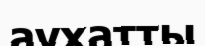
аухатты